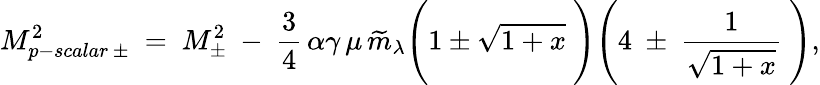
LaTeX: M_{p-scalar\, \pm}^{2}~=~M_{\pm}^{2}~-~{\frac{3}{4}}\, \alpha\gamma\, \mu\, \widetilde{m}_{\lambda}\Bigg(1\pm\sqrt{1+x}~\Bigg)\Bigg(4~\pm~{\frac{1}{\sqrt{1+x}}}~\Bigg),